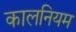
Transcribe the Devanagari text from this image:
कालनियम